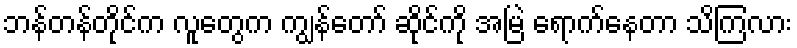
ဘန်တန်တိုင်က လူတွေက ကျွန်တော် ဆိုင်ကို အမြဲ ရောက်နေတာ သိကြလား